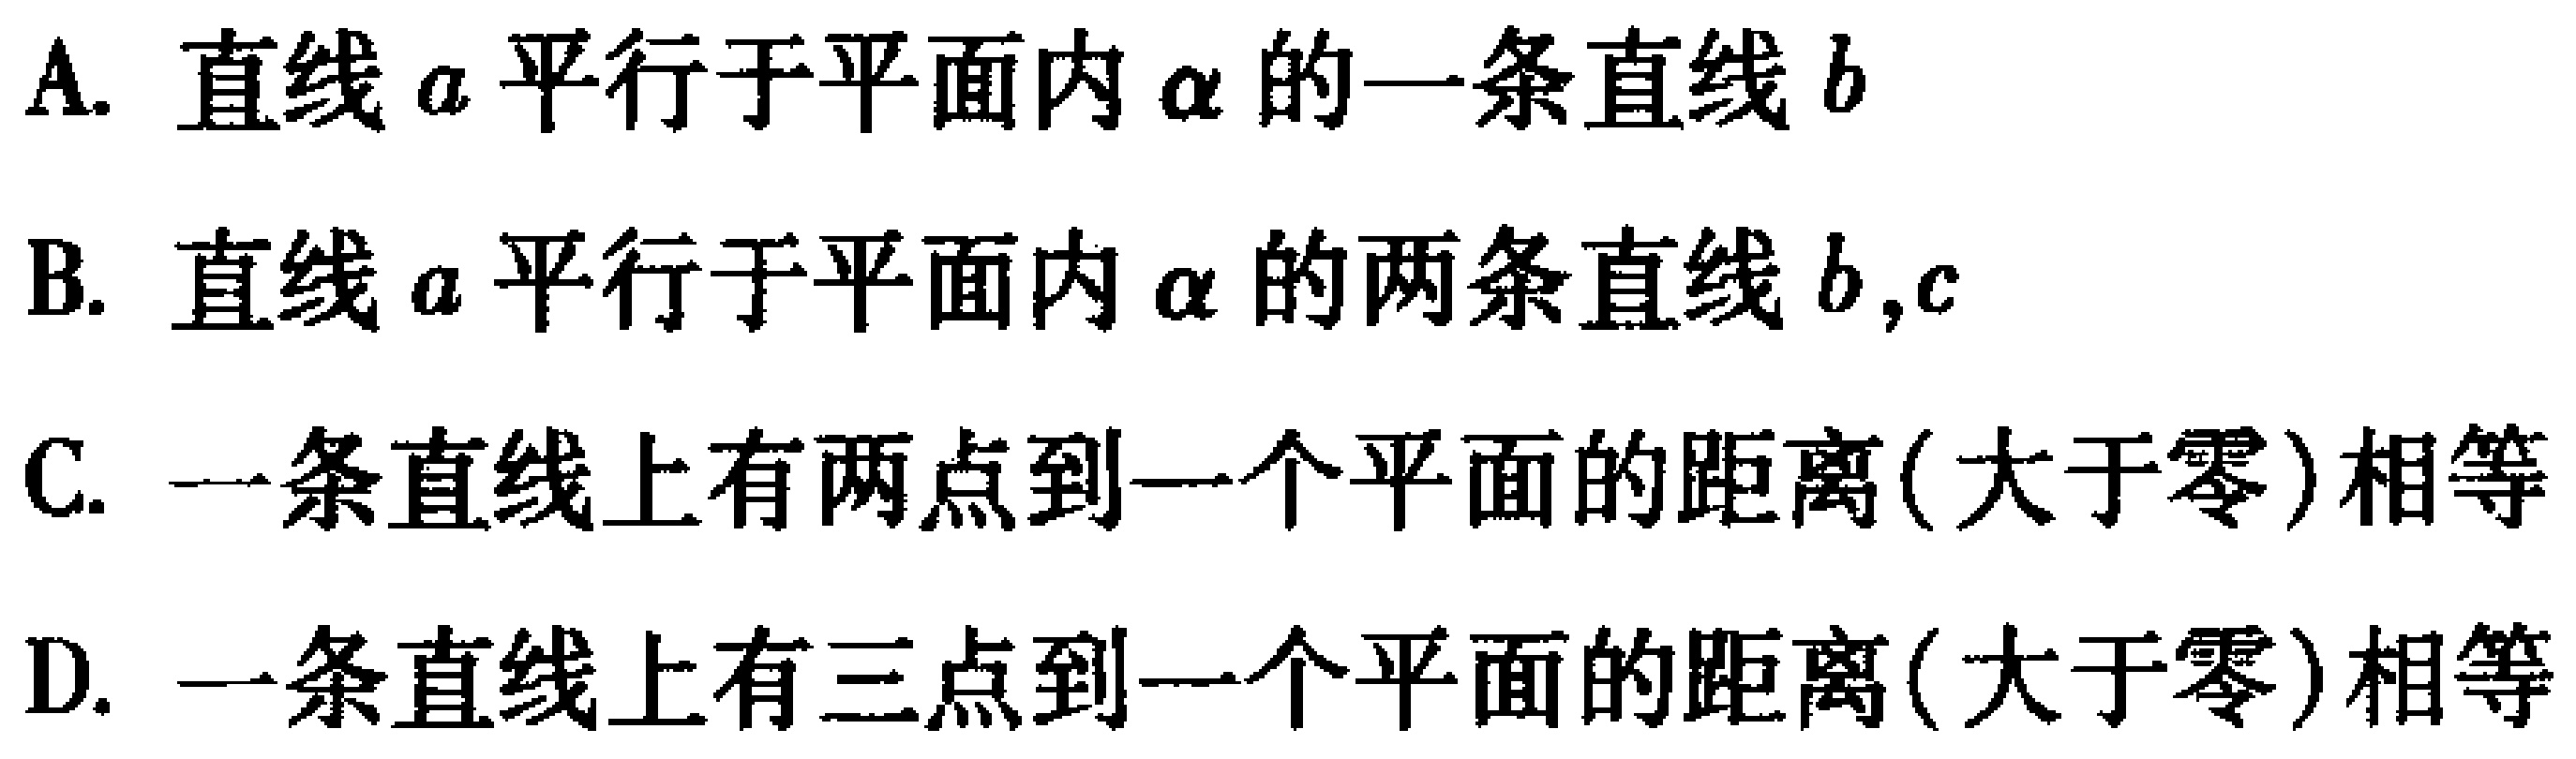
A. 直线\(a\)平行于平面内\(\alpha\)的一条直线\(b\)
B. 直线\(a\)平行于平面内\(\alpha\)的两条直线\(b,c\)
C. 一条直线上有两点到一个平面的距离(大于零)相等
D. 一条直线上有三点到一个平面的距离(大于零)相等